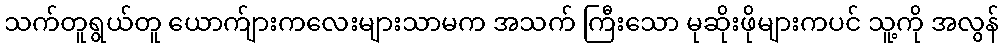
သက်တူရွယ်တူ ယောက်ျားကလေးများသာမက အသက် ကြီးသော မုဆိုးဖိုများကပင် သူ့ကို အလွန်